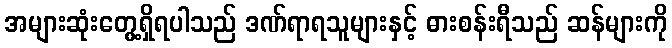
အများဆုံးတွေ့ရှိရပါသည် ဒဏ်ရာရသူများနှင့် ဓားစန်းရီသည် ဆန်များကို